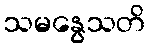
သမနွေသတိ